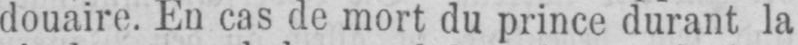
douaire. En cas de mort du prince durant la